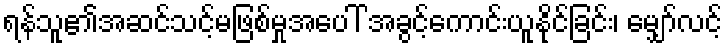
ရန်သူ၏အဆင်သင့်မဖြစ်မှုအပေါ် အခွင့်ကောင်းယူနိုင်ခြင်း၊ မျှော်လင့်